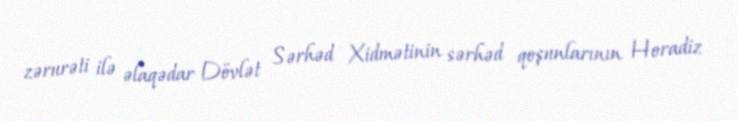
zərurəti ilə əlaqədar Dövlət Sərhəd Xidmə­tinin sərhəd qoşunlarının Horadiz